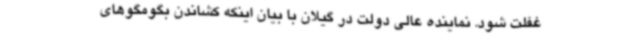
غفلت شود. نماینده عالی دولت در گیلان با بیان اینکه کشاندن بگومگوهای